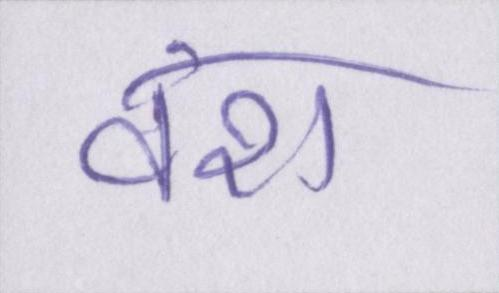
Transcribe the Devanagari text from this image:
वंश